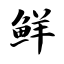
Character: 鲜